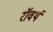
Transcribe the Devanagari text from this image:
रॉवर्थ